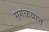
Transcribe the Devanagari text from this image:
सगळयात